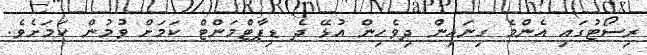
ރިސޯޓުގައި އެންމެ ގިނައިން ދިވެހިން އުޅޭ ދެ ޑިޕާޓްމަންޓް ކަމަށް ވުމުން ކަމަށެވެ.